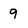
Character: 9